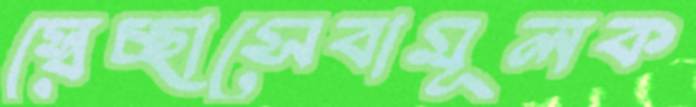
স্বেচ্ছাসেবামূলক